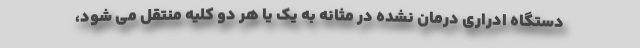
دستگاه ادراری درمان نشده در مثانه به یک یا هر دو کلیه منتقل می شود،